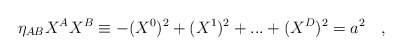
\begin{align*}\eta_{AB}X^{A}X^{B}\equiv -(X^{0})^{2} +(X^{1})^{2} + ... +(X^{D})^{2} = a^{2}\quad , \end{align*}